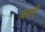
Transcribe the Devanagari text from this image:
जशीं